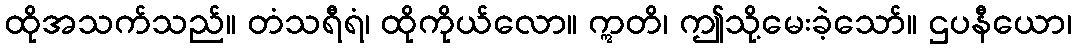
ထိုအသက်သည်။ တံသရီရံ၊ ထိုကိုယ်လော။ ဣတိ၊ ဤသို့မေးခဲ့သော်။ ဌပနီယော၊